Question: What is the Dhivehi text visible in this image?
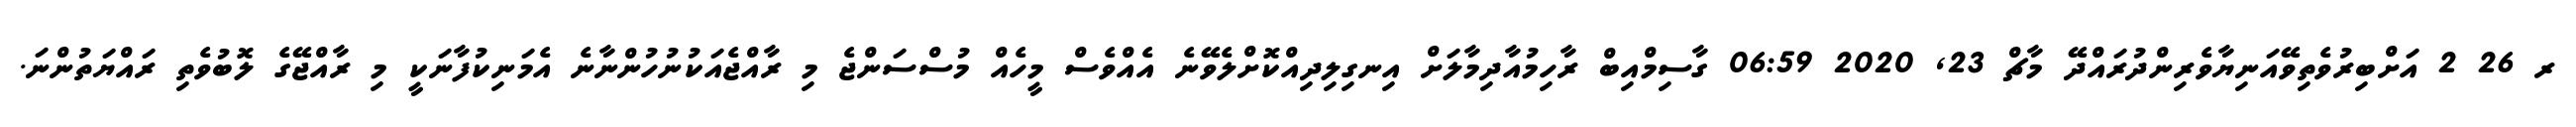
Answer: ރ 26 2 އަށްބިރުވެތިވޭއަނިޔާވެރިންދުރައްދޭ މާޗް 23, 2020 06:59 ގާސިމްއިބް ރާހިމުއާދިމާލަށް އިނގިލިދިއްކޮށްލެވޭނެ އެއްވެސް މީހެއް މުސްސަންޖެ މި ރާއްޖެއަކުނުހުންނާނެ އެމަނިކުފާނަކީ މި ރާއްޖޭގެ ލޮބުވެތި ރައްޔަތުންނަ.